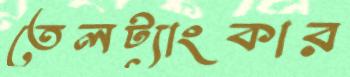
তেলট্যাংকার